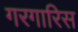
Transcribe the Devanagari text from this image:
गरगारिस